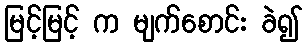
မြင့်မြင့် က မျက်စောင်း ခဲ၍